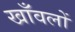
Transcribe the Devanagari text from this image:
खाँवलों